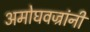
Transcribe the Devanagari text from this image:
अमोघवज्रांनी